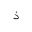
Letter: _thal